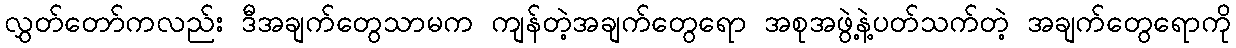
လွှတ်တော်ကလည်း ဒီအချက်တွေသာမက ကျန်တဲ့အချက်တွေရော အစုအဖွဲ့နဲ့ပတ်သက်တဲ့ အချက်တွေရောကို